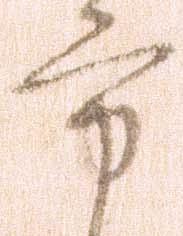
方